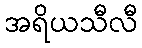
အရိယသီလီ